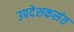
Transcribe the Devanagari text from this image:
उपदेशकसंत